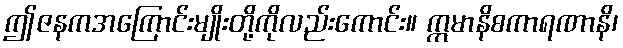
ဤဇနကအကြောင်းမျိုးတို့ကိုလည်းကောင်း။ ဣမာနိစကာရဏာနိ၊